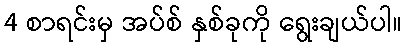
4 စာရင်းမှ အပ်စ် နှစ်ခုကို ရွေးချယ်ပါ။